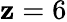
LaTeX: \mathbf{z}=6